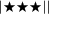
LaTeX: | \bigstar \bigstar \bigstar | |